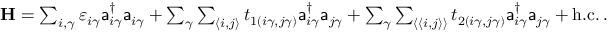
\begin{array} { r } { { \bf H } = \sum _ { i , \gamma } \varepsilon _ { i \gamma } \mathsf { a } _ { i \gamma } ^ { \dagger } \mathsf { a } _ { i \gamma } + \sum _ { \gamma } \sum _ { \langle i , j \rangle } t _ { 1 ( i \gamma , j \gamma ) } \mathsf { a } _ { i \gamma } ^ { \dagger } \mathsf { a } _ { j \gamma } + \sum _ { \gamma } \sum _ { \langle \langle i , j \rangle \rangle } t _ { 2 ( i \gamma , j \gamma ) } \mathsf { a } _ { i \gamma } ^ { \dagger } \mathsf { a } _ { j \gamma } + \mathrm { h . c . } \, . } \end{array}